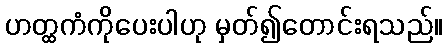
ဟတ္ထကံကိုပေးပါဟု မှတ်၍တောင်းရသည်။